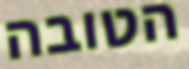
הטובה